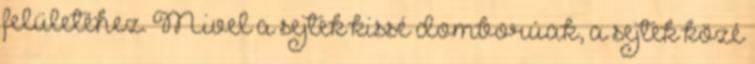
felületéhez. Mivel a sejtek kissé domborúak, a sejtek közé